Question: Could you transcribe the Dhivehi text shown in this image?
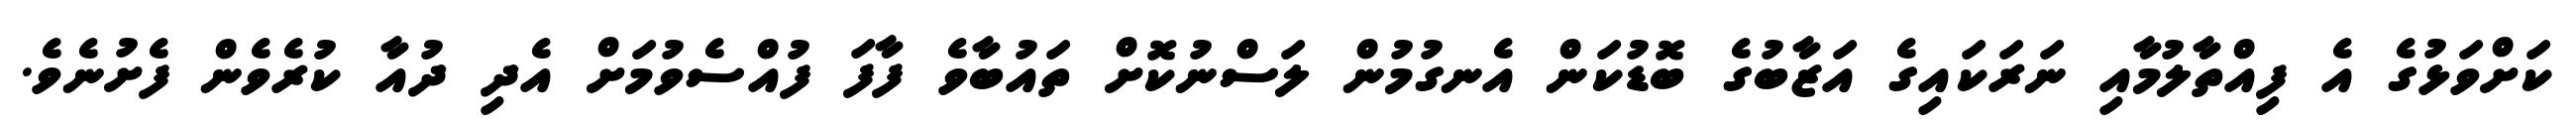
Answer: ކަށްވަޅުގެ އެ ފިއްތާލުމާއި ނަރަކައިގެ އަޒާބުގެ ބޮޑުކަން އެނގުމުން ލަސްނުކޮށް ތައުބާވެ ފާފަ ފުއްސެވުމަށް އެދި ދުއާ ކުރެވެން ފެށުނެވެ.